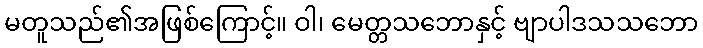
မတူသည်၏အဖြစ်ကြောင့်။ ဝါ၊ မေတ္တသဘောနှင့် ဗျာပါဒသသဘော